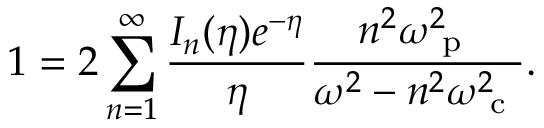
1 = 2 \sum _ { n = 1 } ^ { \infty } \frac { I _ { n } ( \eta ) e ^ { - \eta } } { \eta } \frac { n ^ { 2 } \omega _ { \mathrm { ~ p ~ } } ^ { 2 } } { \omega ^ { 2 } - n ^ { 2 } \omega _ { \mathrm { ~ c ~ } } ^ { 2 } } .